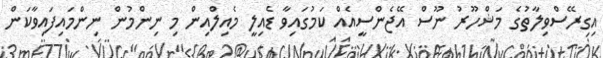
އިގިރޭސްވިލާތުގެ މަޝްހޫރު ނޫސް އޭޖެންސީއެއް ކަމުގައިވާ ޑެއިލީ މެއިލްއިން މި ނިންމުން ނިންމައިފައިވާކަން